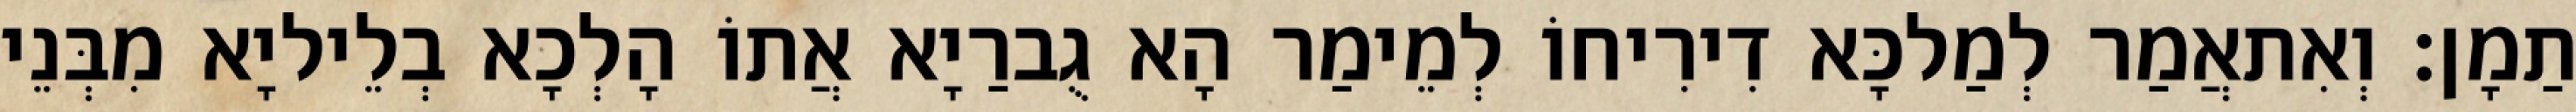
תַמָן׃ וְאִתאֲמַר לְמַלכָּא דִירִיחוֹ לְמֵימַר הָא גֻברַיָא אֲתוֹ הָלְכָא בְלֵיליָא מִבְּנֵי